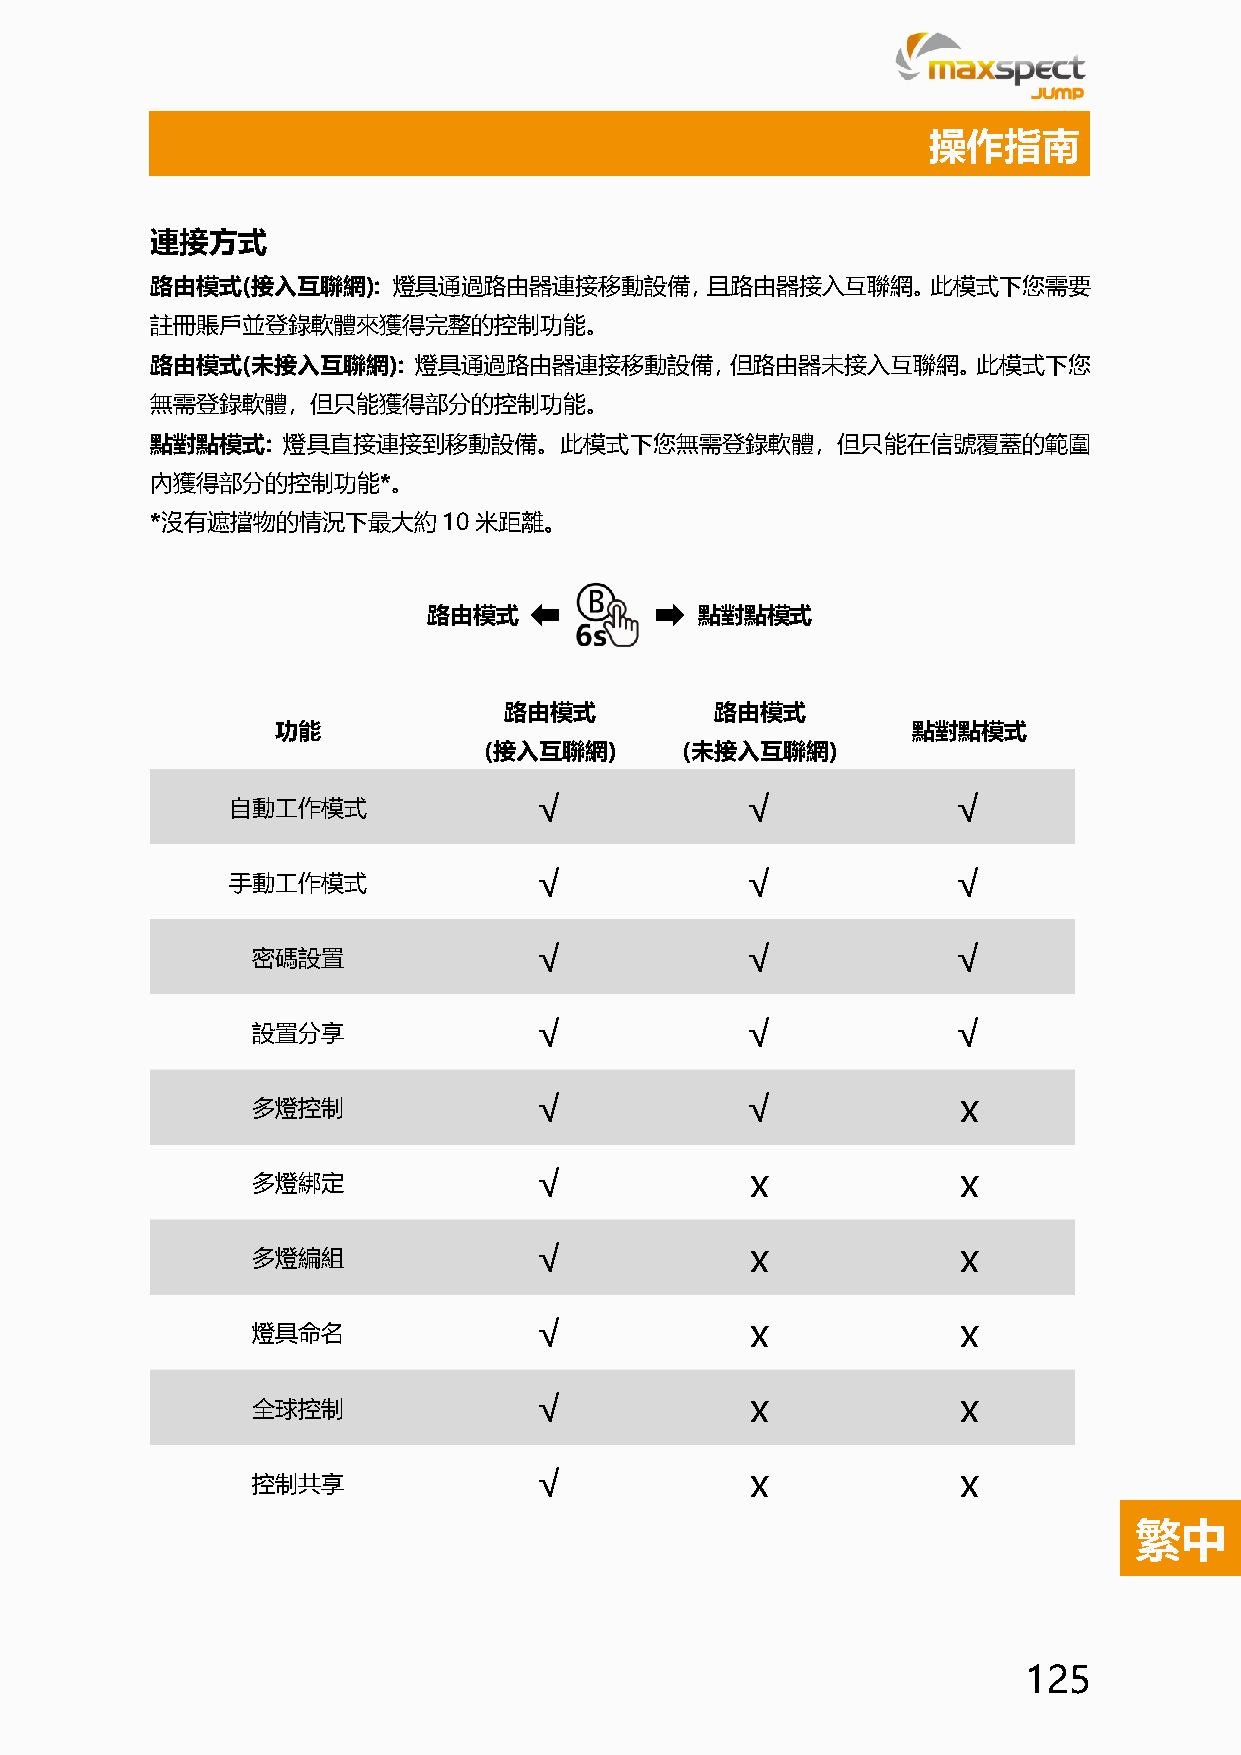
操作指南
 連接方式
 路由模式(接入互聯網):    燈具通過路由器連接移動設備，且路由器接入互聯網。此模式下您需要
 註冊賬戶並登錄軟體來獲得完整的控制功能。
 路由模式(未接入互聯網):    燈具通過路由器連接移動設備，但路由器未接入互聯網。此模式下您
 無需登錄軟體，但只能獲得部分的控制功能。
 點對點模式:   燈具直接連接到移動設備。此模式下您無需登錄軟體，但只能在信號覆蓋的範圍
 內獲得部分的控制功能*。
 *沒有遮擋物的情況下最大約10米距離。
 路由模式              點對點模式
 路由模式          路由模式
 功能                                        點對點模式
 (接入互聯網)      (未接入互聯網)
 自動工作模式               √            √             √
 手動工作模式               √            √             √
 密碼設置               √            √             √
 設置分享               √            √             √
 多燈控制               √            √              x
 多燈綁定               √             x             x
 多燈編組               √             x             x
 燈具命名               √             x             x
 全球控制               √             x             x
 控制共享               √             x             x
 繁中
 125